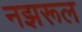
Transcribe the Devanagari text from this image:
नझरूल